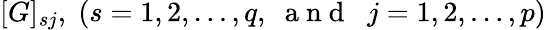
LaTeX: [G]_{sj},\; (s=1,2,\dots,q,\; \mathrm{~a~n~d~}\; \; j=1,2,\dots,p)